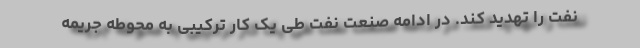
نفت را تهدید کند. در ادامه صنعت نفت طی یک کار ترکیبی به محوطه جریمه